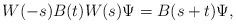
LaTeX: \begin{align*}W(-s)B(t)W(s)\Psi=B(s+t)\Psi,\end{align*}